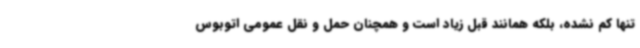
تنها کم نشده، بلکه همانند قبل زیاد است و همچنان حمل و نقل عمومی اتوبوس